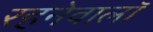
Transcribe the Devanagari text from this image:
रहनेवालॉ